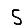
Digit: 5